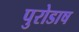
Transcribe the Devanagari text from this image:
पुरोडाष